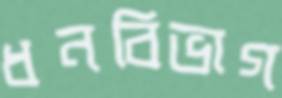
ধনবিভাগ